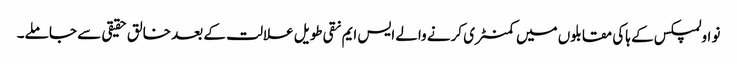
نو اولمپکس کے ہاکی مقابلوں میں کمنٹری کرنے والے ایس ایم نقی طویل علالت کے بعد خالق حقیقی سے جا ملے۔